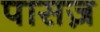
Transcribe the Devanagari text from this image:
पासज़